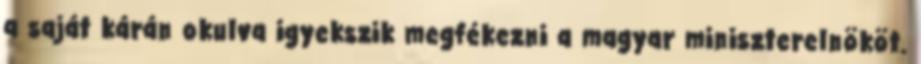
a saját kárán okulva igyekszik megfékezni a magyar miniszterelnököt.